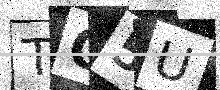
Text: TO5U